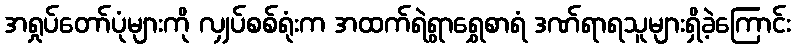
အရှုပ်တော်ပုံများကို လျှပ်စစ်ရုံးက အထက်ရဲရွာရွှေစာရံ ဒဏ်ရာရသူများရှိခဲ့ကြောင်း